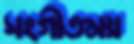
সংগীতময়